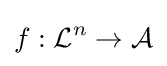
f:{\mathcal {L}}^{n}\to {\mathcal {A}}